Investigations into the jail dietaries of the United Provinces with some observations on the influence of dietary on the physical development and well-being of the people of the United Provinces - Number 48
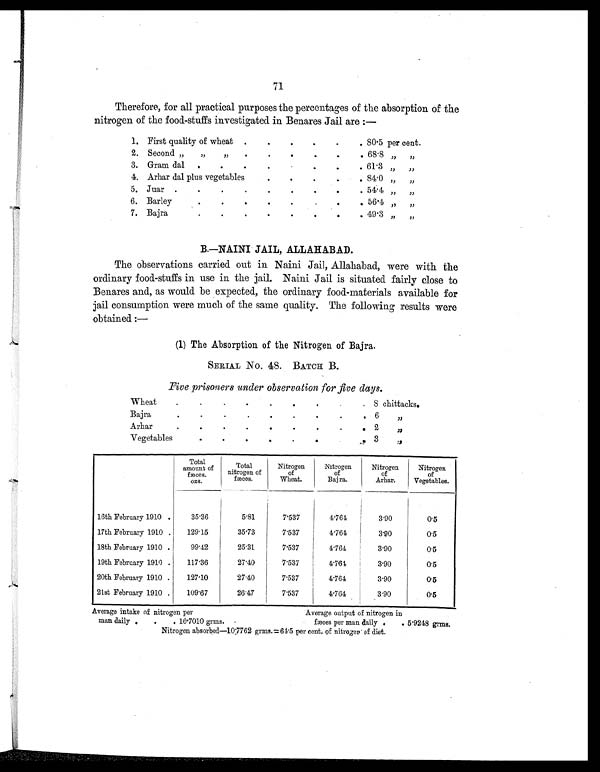
71
Therefore, for all practical purposes the percentages of the absorption of the
nitrogen of the food-stuffs investigated in Benares Jail are :—
1. First quality of wheat .
.
.
.
.
. 80.5 per cent.
2. Second „ „ „
.
.
.
.
.
. 68.8 „ „
3. Gram dal
.
. .
.
.
.
.
. 61.3
„ „
4. Arhar dal plus vegetables
.
.
.
.
. 84.0 „ „
5. Juar .
.
.
.
.
.
.
.
. 54.4 „ „
6. Barley
.
.
.
.
.
.
.
. 56.4 „ „
7. Bajra
.
. .
.
.
.
.
. 49.3
„ „
B.—NAINI JAIL, ALLAHABAD.
The observations carried out in Naini Jail, Allahabad, were with the
ordinary food-stuffs in use in the jail. Naini Jail is situated fairly close to
Benares and, as would be expected, the ordinary food-materials available for
jail consumption were much of the same quality. The following results were
obtained :—
(1) The Absorption of the Nitrogen of Bajra.
SERIAL No. 48. BATCH B.
Five prisoners under observation for five days.
Wheat
.
.
.
.
.
.
.
. . 8 chittacks.
Bajra
.
.
.
.
.
.
.
. . 6
„
Arhar
.
.
.
.
.
.
.
.
. 2
„
Vegetables
.
.
.
.
.
.
. . 3
„
T o t a l
amoun t of
fæces.
ozs.
Total
nitrogen of
fæces.
Nitrogen
of
Wheat.
Nitrogen
of
Bajra.
Nitrogen
of
Arhar.
Nitrogen
of
Vegetables.
16th February 1910 .
35.36
5.81
7.537
4.764
3.90
0.5
17th February 1910 .
129.15
35.73
7.537
4.764
3.90
0.5
18th February 1910 .
99.42
25.31
7.537
4. 764
3.90
0.5
19th February 1910 .
117.36
27.40
7.537
4.764
3.90
0.5
20th February 1910 .
127.10
27.40
7.537
4.764
3.90
0.5
21st February 1910 .
109.67
26.47
7.537
4.764
3.90
0.5
Average intake of nitrogen per
Average output of nitrogen in
man daily .
.
. 16.7010 grms.
fæces per man daily .
. 5.9248 grms.
Nitrogen absorbed—10.7762 grms.= 64.5 per cent. of nitrogen of diet.